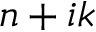
n + i k